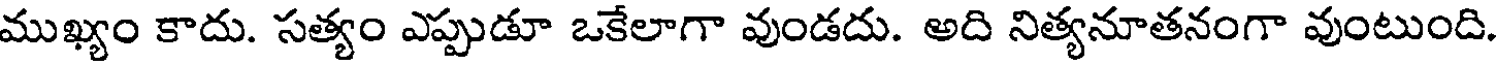
ముఖ్యం కాదు. సత్యం ఎప్పుడూ ఒకేలాగా వుండదు. అది నిత్యనూతనంగా వుంటుంది.